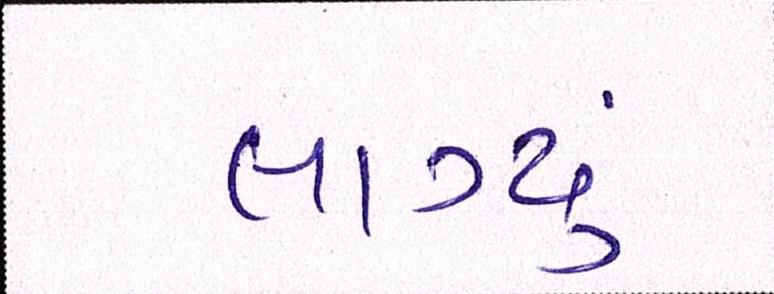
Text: લાગ્યું